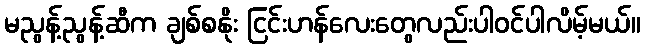
မညွန့်ညွန့်ဆီက ချစ်စနိုး ငြင်းဟန်လေးတွေလည်းပါဝင်ပါလိမ့်မယ်။